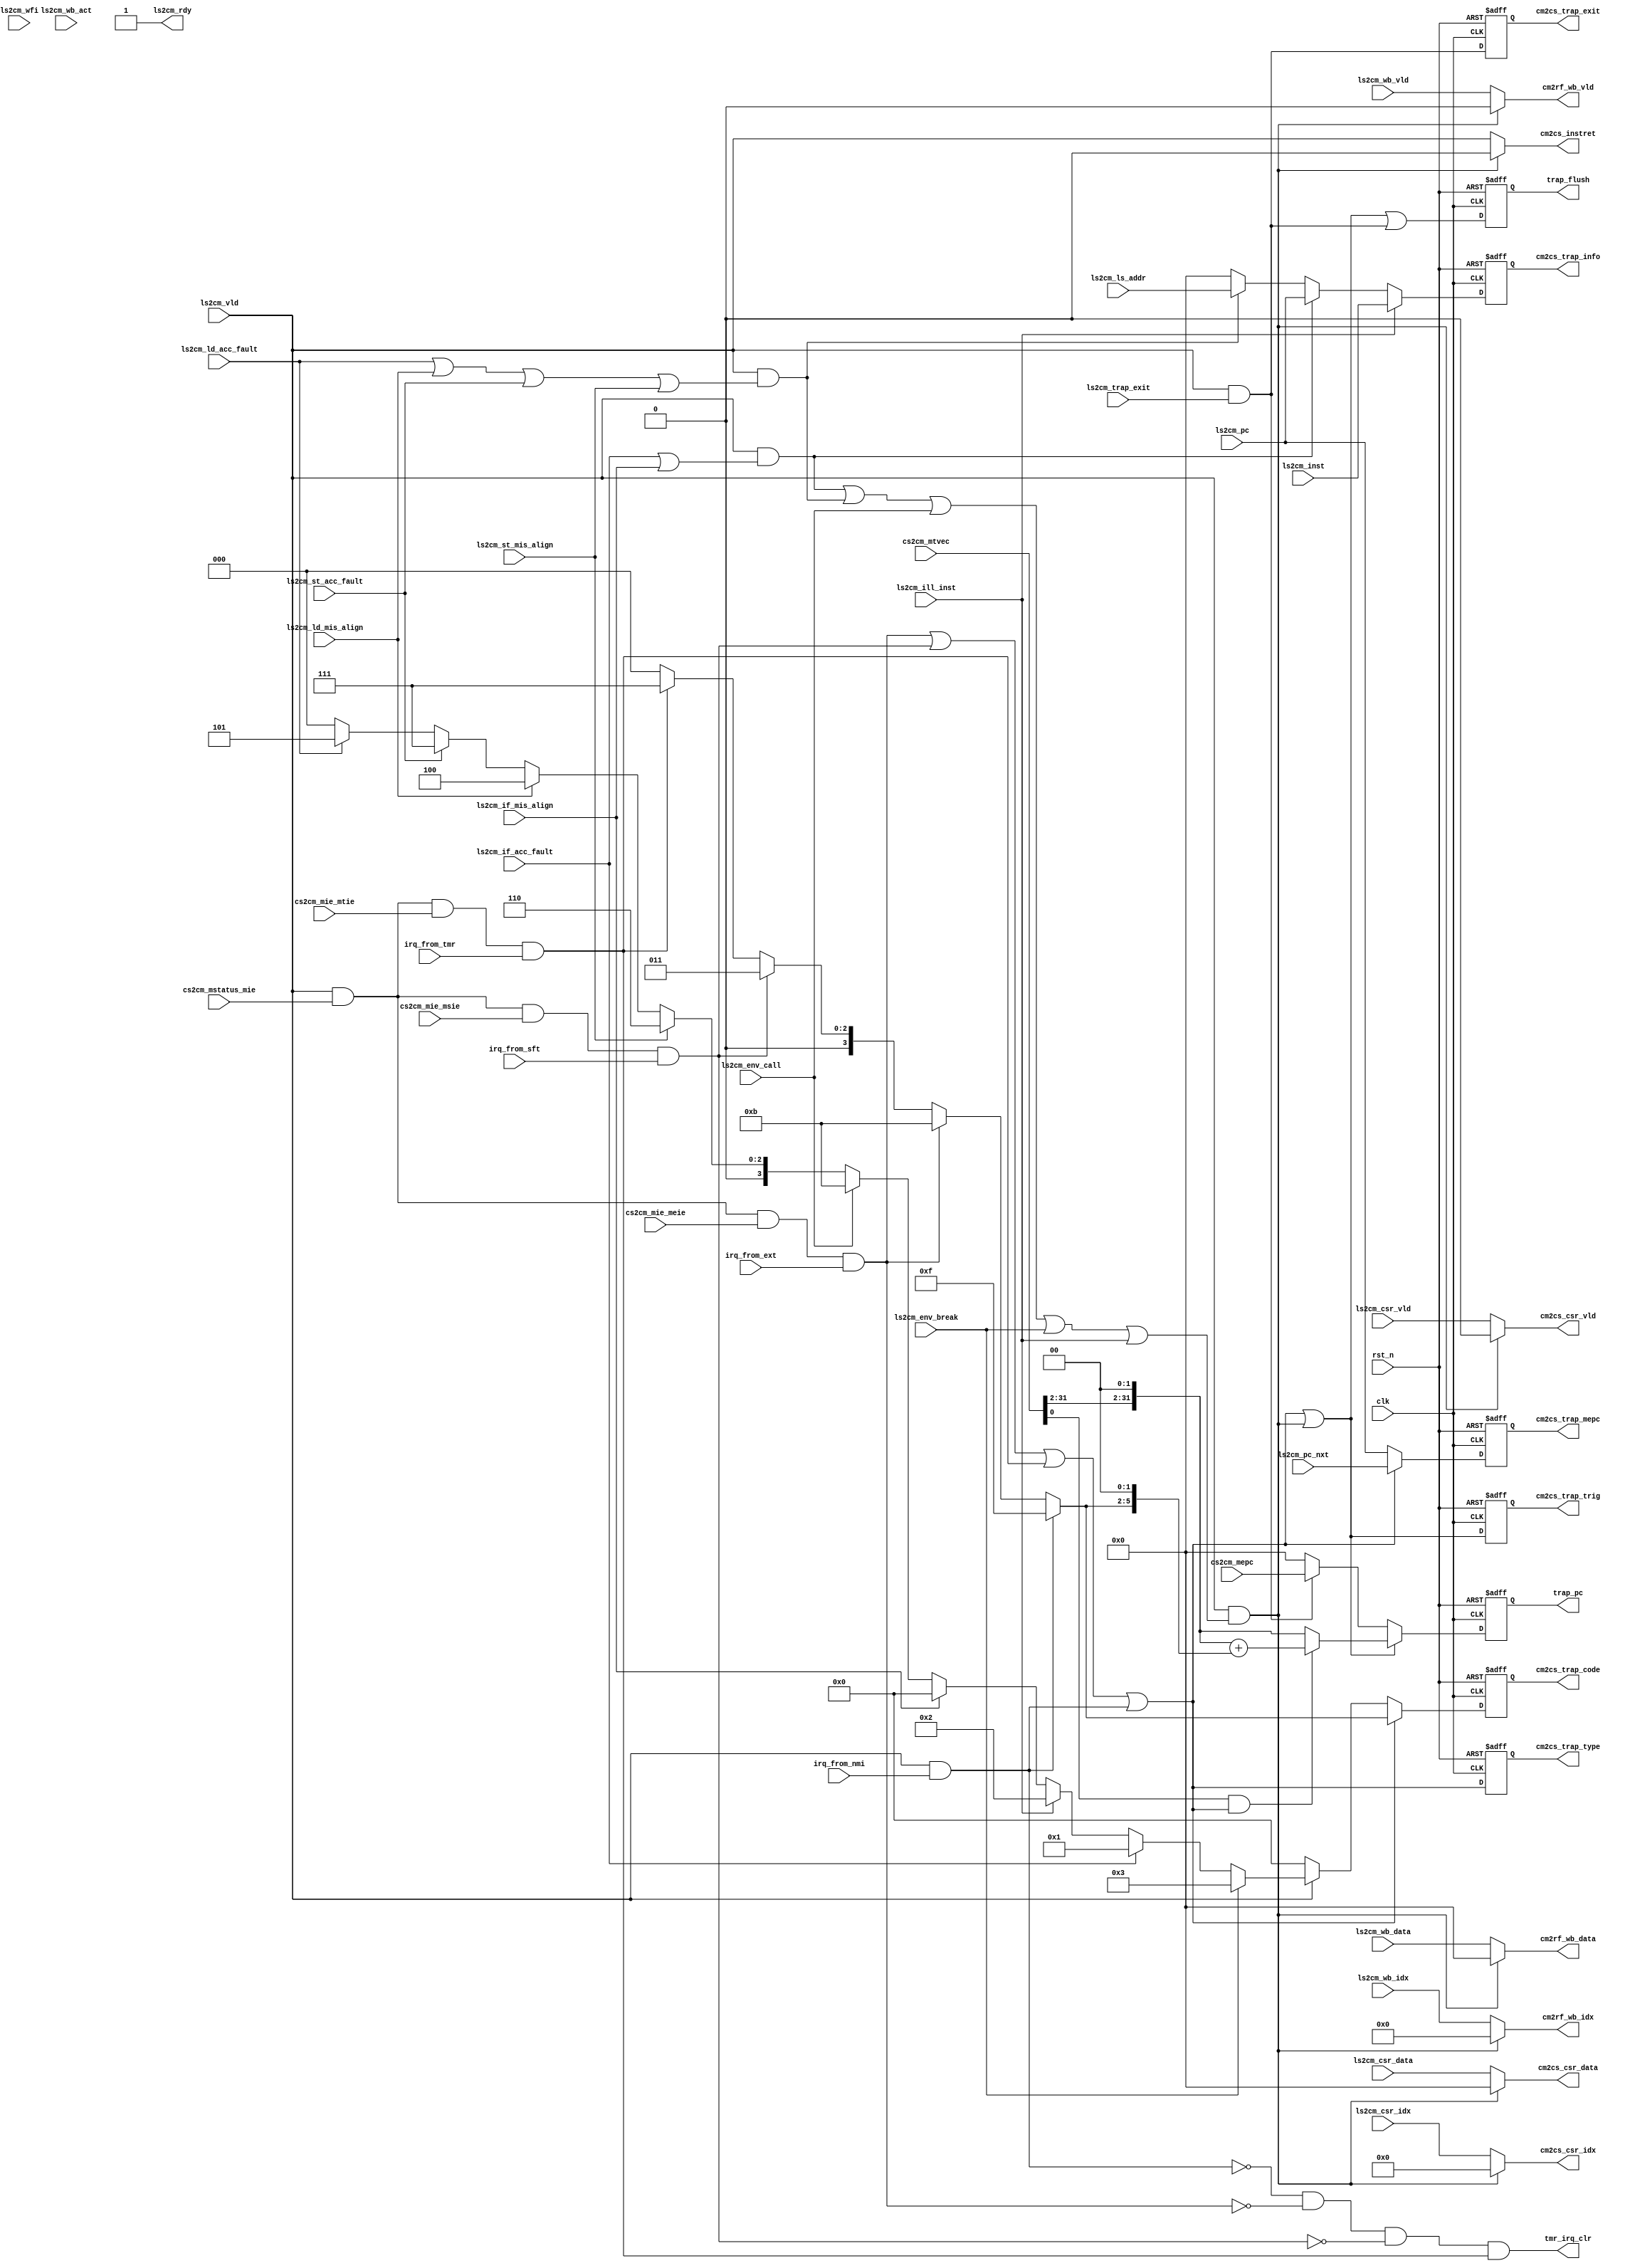
//************************************************************
// See LICENSE for license details.
//
// Module: uv_cmt
//
// Designer: Owen
//
// Description:
//      Committer for write back & exception handling.
//************************************************************

`timescale 1ns / 1ps

module uv_cmt
#(
    parameter ALEN = 32,
    parameter ILEN = 32,
    parameter XLEN = 32,
    parameter MLEN = XLEN / 8
)
(
    input                   clk,
    input                   rst_n,
    
    // LSU handshake.
    input                   ls2cm_vld,
    output                  ls2cm_rdy,

    // RF write back info.
    input                   ls2cm_wb_act,
    input                   ls2cm_wb_vld,
    input  [4:0]            ls2cm_wb_idx,
    input  [XLEN-1:0]       ls2cm_wb_data,

    // CSR write back info.
    input                   ls2cm_csr_vld,
    input  [11:0]           ls2cm_csr_idx,
    input  [XLEN-1:0]       ls2cm_csr_data,

    // Fetch info.
    input  [ILEN-1:0]       ls2cm_inst,
    input  [ALEN-1:0]       ls2cm_pc,
    input  [ALEN-1:0]       ls2cm_pc_nxt,

    // LS info.
    input  [ALEN-1:0]       ls2cm_ls_addr,

    // CSR status.
    input  [XLEN-1:0]       cs2cm_mepc,
    input  [XLEN-1:0]       cs2cm_mtvec,
    input                   cs2cm_mstatus_mie,
    input                   cs2cm_mie_meie,
    input                   cs2cm_mie_msie,
    input                   cs2cm_mie_mtie,

    // Exception info.
    input                   ls2cm_if_acc_fault,
    input                   ls2cm_if_mis_align,
    input                   ls2cm_ld_acc_fault,
    input                   ls2cm_ld_mis_align,
    input                   ls2cm_st_acc_fault,
    input                   ls2cm_st_mis_align,
    input                   ls2cm_ill_inst,
    input                   ls2cm_env_call,
    input                   ls2cm_env_break,
    input                   ls2cm_trap_exit,
    input                   ls2cm_wfi,

    // Interrupt request.
    input                   irq_from_ext,
    input                   irq_from_sft,
    input                   irq_from_tmr,
    input                   irq_from_nmi,

    // Interrutp clearing.
    output                  tmr_irq_clr,

    // Regfile writing.
    output                  cm2rf_wb_vld,
    output [4:0]            cm2rf_wb_idx,
    output [XLEN-1:0]       cm2rf_wb_data,

    // CSR updating.
    output                  cm2cs_csr_vld,
    output [11:0]           cm2cs_csr_idx,
    output [XLEN-1:0]       cm2cs_csr_data,
    output                  cm2cs_instret,
    output                  cm2cs_trap_trig,
    output                  cm2cs_trap_exit,
    output                  cm2cs_trap_type,
    output [3:0]            cm2cs_trap_code,
    output [XLEN-1:0]       cm2cs_trap_mepc,
    output [XLEN-1:0]       cm2cs_trap_info,

    // Pipeline flush.
    output                  trap_flush,
    output [ALEN-1:0]       trap_pc
);

    localparam UDLY         = 1;
    genvar i;

    wire                    cmt_with_irq_ext;
    wire                    cmt_with_irq_sft;
    wire                    cmt_with_irq_tmr;
    wire                    cmt_with_irq_nmi;
    wire                    cmt_with_intr;

    wire                    cmt_with_if_excp;
    wire                    cmt_with_ls_excp;
    wire                    cmt_with_excp;

    wire                    cmt_with_trap;
    wire                    cmt_with_eret;

    wire [3:0]              trap_code_irq;
    wire [3:0]              trap_code_excp;

    wire [1:0]              mtvec_mode;
    wire [XLEN-1:0]         mtvec_base;
    wire [XLEN-1:0]         mtvec_vpc;
    wire [XLEN-1:0]         mtvec_pc;

    reg                     trap_flush_r;
    reg  [ALEN-1:0]         trap_pc_r;

    reg                     trap_trig_r;
    reg                     trap_exit_r;
    reg                     trap_type_r;
    reg  [3:0]              trap_code_r;
    reg  [XLEN-1:0]         trap_mepc_r;
    reg  [XLEN-1:0]         trap_info_r;

    // Summary interrupts & exceptions.
    assign cmt_with_irq_ext = ls2cm_vld & cs2cm_mstatus_mie & cs2cm_mie_meie & irq_from_ext;
    assign cmt_with_irq_sft = ls2cm_vld & cs2cm_mstatus_mie & cs2cm_mie_msie & irq_from_sft;
    assign cmt_with_irq_tmr = ls2cm_vld & cs2cm_mstatus_mie & cs2cm_mie_mtie & irq_from_tmr;
    assign cmt_with_irq_nmi = ls2cm_vld & irq_from_nmi;
    assign cmt_with_irq     = cmt_with_irq_ext
                            | cmt_with_irq_sft
                            | cmt_with_irq_tmr
                            | cmt_with_irq_nmi;

    assign cmt_with_if_excp = ls2cm_vld & (ls2cm_if_acc_fault | ls2cm_if_mis_align);
    assign cmt_with_ls_excp = ls2cm_vld & (ls2cm_ld_acc_fault | ls2cm_ld_mis_align |    
                                           ls2cm_st_acc_fault | ls2cm_st_mis_align);
    assign cmt_with_excp    = ls2cm_vld & (cmt_with_if_excp   | cmt_with_ls_excp |
                                           ls2cm_env_call     | ls2cm_env_break  |
                                           ls2cm_ill_inst);
    
    assign cmt_with_trap    = cmt_with_irq | cmt_with_excp;
    assign cmt_with_eret    = ls2cm_vld & ls2cm_trap_exit;

    assign tmr_irq_clr      = (~cmt_with_irq_nmi) & (~cmt_with_irq_ext)
                            & (~cmt_with_irq_sft) & cmt_with_irq_tmr;

    // Generate trap code according to priority.
    assign trap_code_irq    = cmt_with_irq_nmi   ? 4'd15
                            : cmt_with_irq_ext   ? 4'd11
                            : cmt_with_irq_sft   ? 4'd3
                            : cmt_with_irq_tmr   ? 4'd7
                            : 4'b0;
    assign trap_code_excp   = (~ls2cm_vld)       ? 4'd0
                            : ls2cm_env_break    ? 4'd3
                            : ls2cm_if_acc_fault ? 4'd1
                            : ls2cm_ill_inst     ? 4'd2
                            : ls2cm_if_mis_align ? 4'd0
                            : ls2cm_env_call     ? 4'd11
                            : ls2cm_st_mis_align ? 4'd6
                            : ls2cm_ld_mis_align ? 4'd4
                            : ls2cm_st_acc_fault ? 4'd7
                            : ls2cm_ld_acc_fault ? 4'd5
                            : 4'd0;

    // Calculate trapped program counter.
    assign mtvec_mode       = cs2cm_mtvec[1:0];
    assign mtvec_base       = {cs2cm_mtvec[XLEN-1:2], 2'b00};
    assign mtvec_vpc        = mtvec_base + {trap_code_irq, 2'b00};
    assign mtvec_pc         = (mtvec_mode[0] & cmt_with_irq) ? mtvec_vpc : mtvec_base;

    // Flush pipeline.
    // assign trap_flush       = cmt_with_trap | cmt_with_eret;
    // assign trap_pc          = cmt_with_trap ? mtvec_pc[ALEN-1:0]
    //                         : cmt_with_eret ? cs2cm_mepc[ALEN-1:0]
    //                         : {ALEN{1'b0}};

    always @(posedge clk or negedge rst_n) begin
        if (~rst_n) begin
            trap_flush_r    <= 1'b0;
            trap_pc_r       <= {ALEN{1'b0}};
        end
        else begin
            trap_flush_r    <= #UDLY cmt_with_trap | cmt_with_eret;
            trap_pc_r       <= #UDLY cmt_with_trap ? mtvec_pc[ALEN-1:0]
                                   : cmt_with_eret ? cs2cm_mepc[ALEN-1:0]
                                   : {ALEN{1'b0}};
        end
    end

    assign trap_flush       = trap_flush_r;
    assign trap_pc          = trap_pc_r;

    // Always ready to commit.
    assign ls2cm_rdy        = 1'b1;

    // Write back to register file.
    assign cm2rf_wb_vld     = cmt_with_excp ? 1'b0 : ls2cm_wb_vld;
    assign cm2rf_wb_idx     = cmt_with_excp ? 5'b0 : ls2cm_wb_idx;
    assign cm2rf_wb_data    = cmt_with_excp ? {XLEN{1'b0}} : ls2cm_wb_data;

    // Update CSR.
    assign cm2cs_csr_vld    = cmt_with_excp ? 1'b0  : ls2cm_csr_vld;
    assign cm2cs_csr_idx    = cmt_with_excp ? 12'b0 : ls2cm_csr_idx;
    assign cm2cs_csr_data   = cmt_with_excp ? {XLEN{1'b0}} : ls2cm_csr_data;
    assign cm2cs_instret    = cmt_with_excp ? 1'b0  : ls2cm_vld;

    always @(posedge clk or negedge rst_n) begin
        if (~rst_n) begin
            trap_trig_r     <= 1'b0;
            trap_exit_r     <= 1'b0;
            trap_type_r     <= 1'b0;
            trap_code_r     <= 3'b0;
            trap_mepc_r     <= {XLEN{1'b0}};
            trap_info_r     <= {XLEN{1'b0}};
        end
        else begin
            trap_trig_r     <= #UDLY cmt_with_trap;
            trap_exit_r     <= #UDLY cmt_with_eret;
            trap_type_r     <= #UDLY cmt_with_irq;
            trap_code_r     <= #UDLY cmt_with_irq ? trap_code_irq : trap_code_excp;
            trap_mepc_r     <= #UDLY cmt_with_irq ? ls2cm_pc_nxt : ls2cm_pc;
            trap_info_r     <= #UDLY ls2cm_ill_inst   ? ls2cm_inst
                                   : cmt_with_if_excp ? ls2cm_pc
                                   : cmt_with_ls_excp ? ls2cm_ls_addr
                                   : {XLEN{1'b0}};
        end
    end

    assign cm2cs_trap_trig  = trap_trig_r;
    assign cm2cs_trap_exit  = trap_exit_r;
    assign cm2cs_trap_type  = trap_type_r;
    assign cm2cs_trap_code  = trap_code_r;
    assign cm2cs_trap_mepc  = trap_mepc_r;
    assign cm2cs_trap_info  = trap_info_r;

endmodule